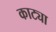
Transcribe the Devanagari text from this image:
काट्या